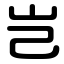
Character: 岂